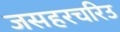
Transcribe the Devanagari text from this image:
जसहरचरिउ